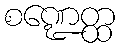
စဏ္ဍေတ္ထ